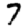
Digit: 7